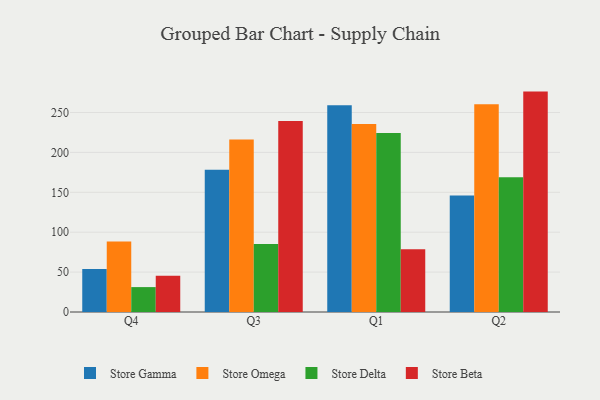
{"axis": {"x": "Quarter", "y": "Bounce Rate (%)"}, "legend": ["Store Beta", "Store Delta", "Store Gamma", "Store Omega"], "data": [{"x": "Q4", "y": 53.8, "type": "Store Gamma"}, {"x": "Q4", "y": 88.2, "type": "Store Omega"}, {"x": "Q4", "y": 31.2, "type": "Store Delta"}, {"x": "Q4", "y": 45.5, "type": "Store Beta"}, {"x": "Q3", "y": 178.3, "type": "Store Gamma"}, {"x": "Q3", "y": 216.1, "type": "Store Omega"}, {"x": "Q3", "y": 85.3, "type": "Store Delta"}, {"x": "Q3", "y": 239.2, "type": "Store Beta"}, {"x": "Q1", "y": 259.1, "type": "Store Gamma"}, {"x": "Q1", "y": 235.5, "type": "Store Omega"}, {"x": "Q1", "y": 224.2, "type": "Store Delta"}, {"x": "Q1", "y": 78.6, "type": "Store Beta"}, {"x": "Q2", "y": 146.0, "type": "Store Gamma"}, {"x": "Q2", "y": 260.3, "type": "Store Omega"}, {"x": "Q2", "y": 169.0, "type": "Store Delta"}, {"x": "Q2", "y": 276.2, "type": "Store Beta"}]}